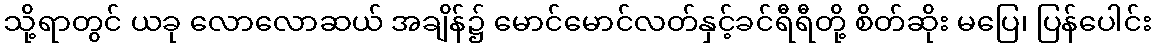
သို့ရာတွင် ယခု လောလောဆယ် အချိန်၌ မောင်မောင်လတ်နှင့်ခင်ရီရီတို့ စိတ်ဆိုး မပြေ၊ ပြန်ပေါင်း